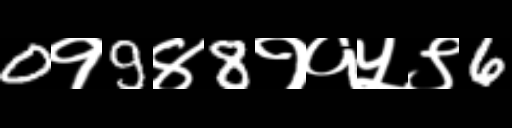
Text: 0१9४8११५९6